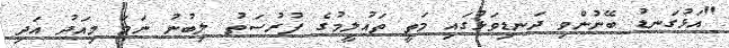
"އަޅުގަނޑު ބޭނުންވި ދަނޑިވަޅުގައި މަތީ ތައުލީމުގެ ފުރުސަތު ލިބުނު ނަމަ މިއަދު އަދި